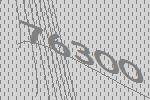
76300